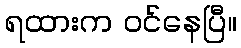
ရထားက ဝင်နေပြီ။